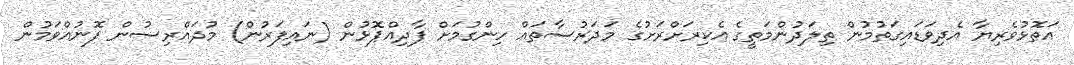
އަތޮޅުވެރިޔާ އެދިވަޑައިގަތުމުން ތިލަދުންމަތީގެ އެކިރަށްރަށުގެ މަދަރުސާތައް ހިންގުމަށް ފާދިއްޕޮޅުން (ނައިފަރުން) މުދައްރިސުން ފޮނުއްވަމުން